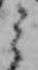
ミ